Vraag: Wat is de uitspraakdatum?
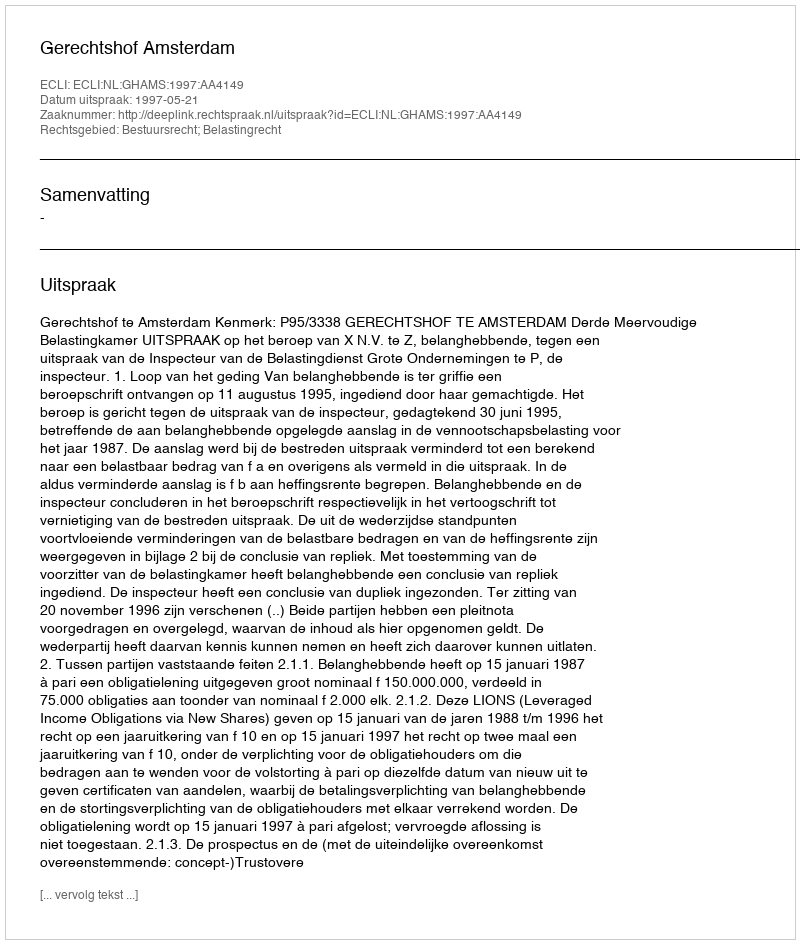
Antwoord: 1997-05-21